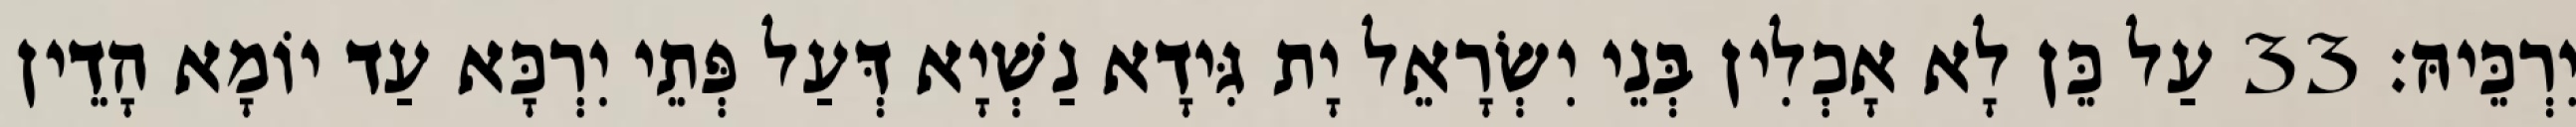
יִרְכֵּיהּ׃ 33 עַל כֵּן לָא אָכְלִין בְּנֵי יִשְׂרָאֵל יָת גִּידָא נַשְׁיָא דְּעַל פְּתֵי יִרְכָּא עַד יוֹמָא הָדֵין